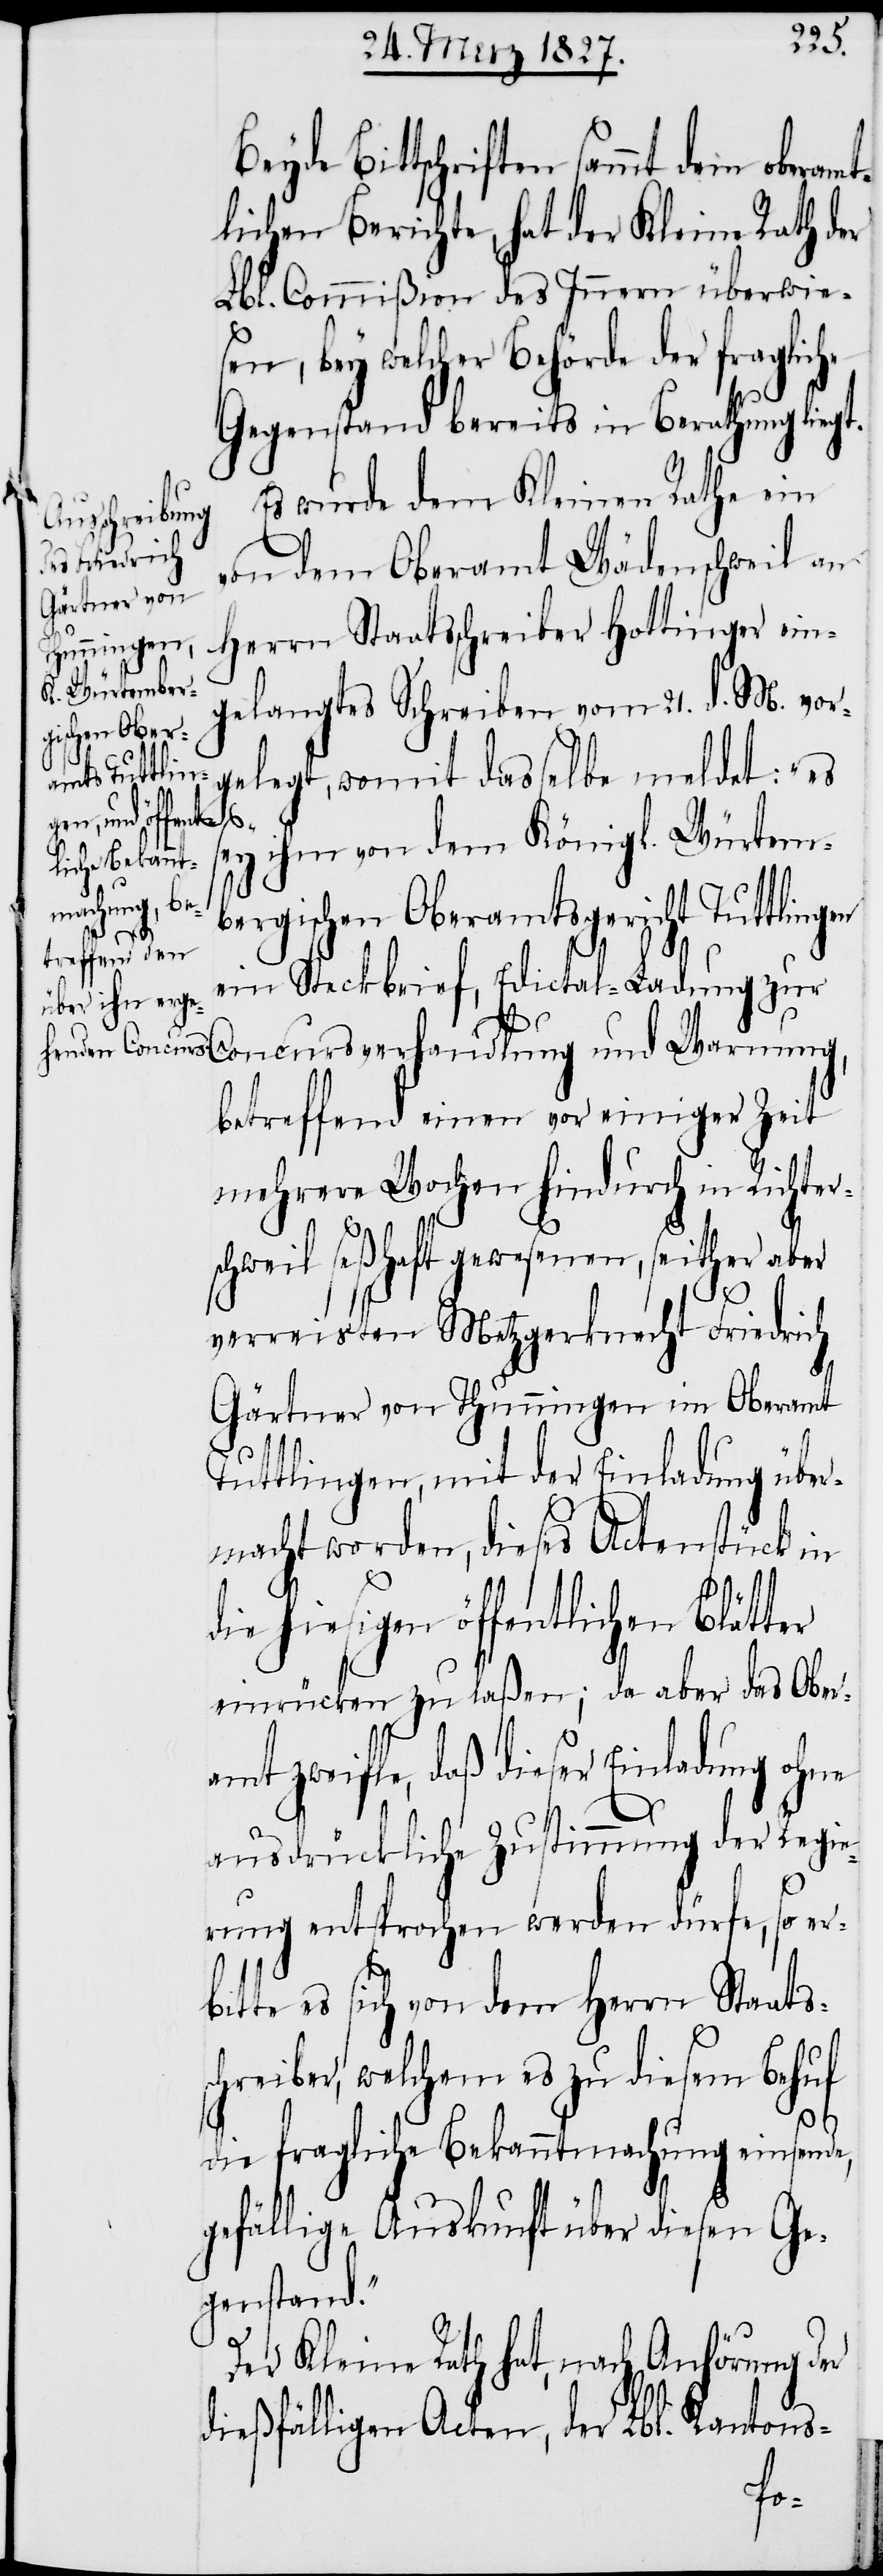
de Bittschriften sammt dem oberam¬
tlichen Berichte, hat der Kleine Rath der
Lbl. Commißion des Innern überwie¬
sen, bey welcher Behörde der fragliche
Gegenstand bereits in Berathung lieg¬
Es wurde dem Kleinen Rathe ein
von dem Oberamt Wädenschweil an
Herrn Staatsschreiber Hottinger ein¬
gelangtes Schreiben vom 21. d. M. vor¬
gelegt, womit dasselbe meldet: „es
s¬
ey ihm von dem Königl. Würtem¬
bergischen Oberamtsgericht Tuttlingen
ein Steckbrief, Edictal-Ladung zur
Concursverhandlung und Warnung,
betreffend einen vor einiger Zeit
mehrere Wochen hindurch in Richters¬
chweil seßhaft gewesenen, seither aber
verreisten Metzgerknecht Friedrich
Gärtner von Thunningen im Oberamt
Tuttlingen, mit der Einladung über¬
macht worden, dieses Actenstück in
die hiesigen öffentlichen Blätter
einrücken zu laßen; da aber das Ober¬
amt zweifle, daß dieser Einladung ohne
ausdrückliche Zustimmung der Regie¬
rung entsprochen werden dürfe, so er¬
tte es sich von dem Herrn Staats¬
chreiber, welchem es zu diesem Behuf
die fragliche Bekanntmachung einsende,
gefällige Auskunft über diesen Ge¬
genstand.“
Der Kleine Rath hat, nach Anhörung der
dießfälligen Acten, der Lbl. Kantons-